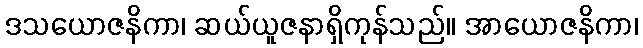
ဒသယောဇနိကာ၊ ဆယ်ယူဇနာရှိကုန်သည်။ အာယောဇနိကာ၊